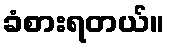
ခံစားရတယ်။